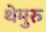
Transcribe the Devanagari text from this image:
थेमुरु